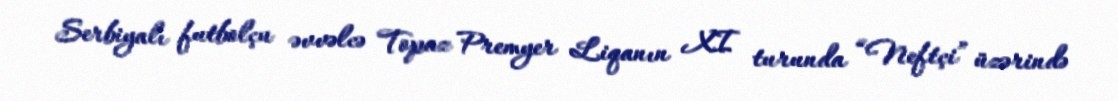
Serbiyalı futbolçu əvvəlcə Topaz Premyer Liqanın XI turunda “Neftçi” üzərində